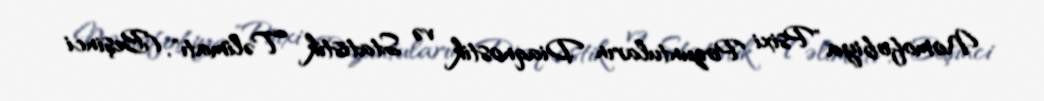
Nomofobiya "Psixi Pozuntuların Diaqnostik və Statistik Təlimatı", (Beşinci